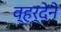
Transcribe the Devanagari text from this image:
व्हर्देने